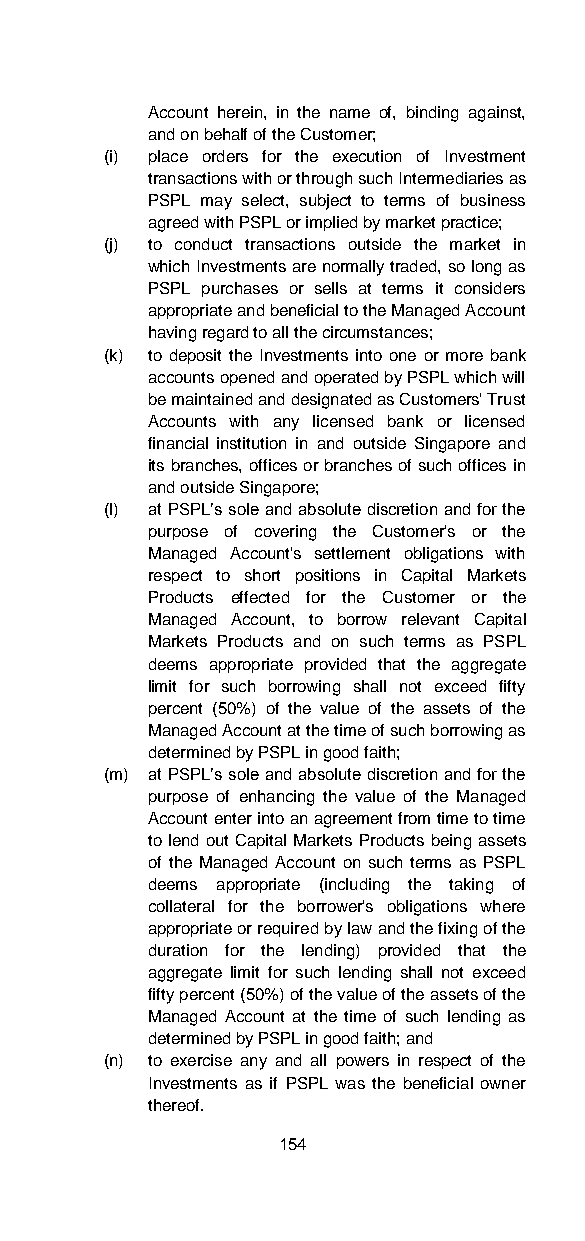
Account herein, in the name of, binding against,
 and on behalf of the Customer;
 (i) place orders for the execution of Investment
 transactions with or through such Intermediaries as
 PSPL may select, subject to terms of business
 agreed with PSPL or implied by market practice;
 (j) to conduct transactions outside the market in
 which Investments are normally traded, so long as
 PSPL purchases or sells at terms it considers
 appropriate and beneficial to the Managed Account
 having regard to all the circumstances;
 (k) to deposit the Investments into one or more bank
 accounts opened and operated by PSPL which will
 be maintained and designated as Customers' Trust
 Accounts with any licensed bank or licensed
 financial institution in and outside Singapore and
 its branches, offices or branches of such offices in
 and outside Singapore;
 (l) at PSPL’s sole and absolute discretion and for the
 purpose of covering the Customer's or the
 Managed Account's settlement obligations with
 respect to short positions in Capital Markets
 Products effected for the Customer or the
 Managed Account, to borrow relevant Capital
 Markets Products and on such terms as PSPL
 deems appropriate provided that the aggregate
 limit for such borrowing shall not exceed fifty
 percent (50%) of the value of the assets of the
 Managed Account at the time of such borrowing as
 determined by PSPL in good faith;
 (m) at PSPL’s sole and absolute discretion and for the
 purpose of enhancing the value of the Managed
 Account enter into an agreement from time to time
 to lend out Capital Markets Products being assets
 of the Managed Account on such terms as PSPL
 deems appropriate (including the taking of
 collateral for the borrower's obligations where
 appropriate or required by law and the fixing of the
 duration for the lending) provided that the
 aggregate limit for such lending shall not exceed
 fifty percent (50%) of the value of the assets of the
 Managed Account at the time of such lending as
 determined by PSPL in good faith; and
 (n) to exercise any and all powers in respect of the
 Investments as if PSPL was the beneficial owner
 thereof.
 154